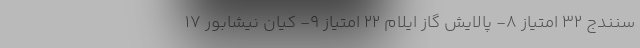
سنندج ٣٢ امتیاز ٨- پالایش گاز ایلام ٢٢ امتیاز ٩- کیان نیشابور ١٧